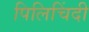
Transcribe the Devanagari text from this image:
पिलिचिंदी